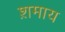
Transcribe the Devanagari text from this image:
श़माय